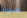
سيد